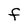
Character: F